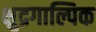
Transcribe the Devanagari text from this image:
क्षुद्रगाल्पिक